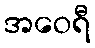
အဝေရီ